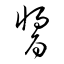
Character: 醬